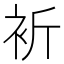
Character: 𧘻